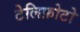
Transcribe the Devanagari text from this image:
टेलिफ़ोटो